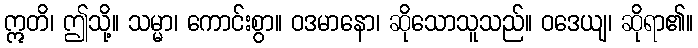
ဣတိ၊ ဤသို့။ သမ္မာ၊ ကောင်းစွာ။ ဝဒမာနော၊ ဆိုသောသူသည်။ ဝဒေယျ၊ ဆိုရာ၏။